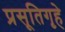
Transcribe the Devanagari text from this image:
प्रसूतिगृहे